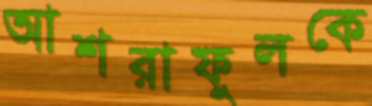
আশরাফুলকে